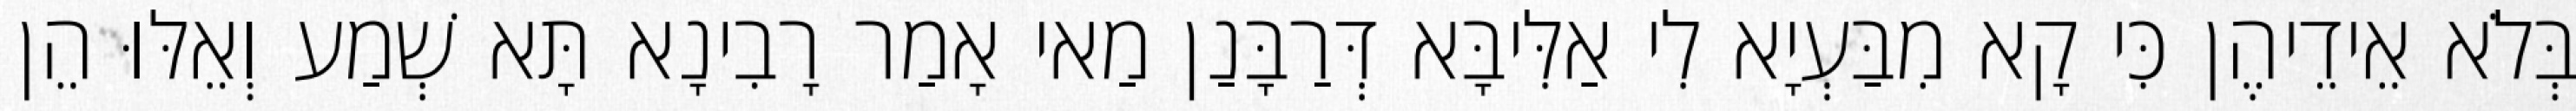
בְּלֹא אֵידֵיהֶן כִּי קָא מִבַּעְיָא לִי אַלִּיבָּא דְּרַבָּנַן מַאי אָמַר רָבִינָא תָּא שְׁמַע וְאֵלּוּ הֵן